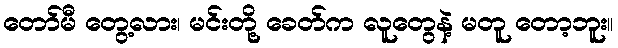
တော်မီ တွေ့လား၊ မင်းတို့ ခေတ်က လူတွေနဲ့ မတူ တော့ဘူး။